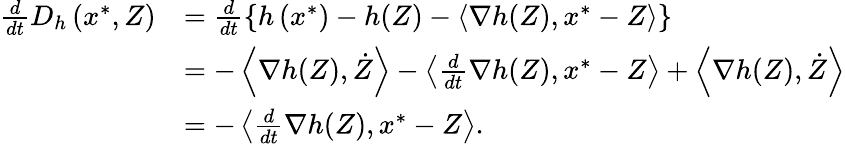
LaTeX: \begin{array}{rl}{\frac{d}{dt}D_{h}\left(x^{*},Z\right)}&{=\frac{d}{dt}\left\{ h\left(x^{*}\right)-h(Z)-\left\langle\nabla h(Z),x^{*}-Z\right\rangle\right\} }\\ &{=-\left\langle\nabla h(Z),\dot{Z}\right\rangle-\left\langle\frac{d}{dt}\nabla h(Z),x^{*}-Z\right\rangle+\left\langle\nabla h(Z),\dot{Z}\right\rangle}\\ &{=-\left\langle\frac{d}{dt}\nabla h(Z),x^{*}-Z\right\rangle.}\end{array}